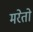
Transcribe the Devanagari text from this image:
मरेतो